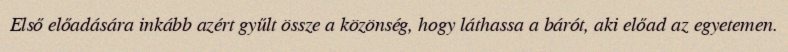
Első előadására inkább azért gyűlt össze a közönség, hogy láthassa a bárót, aki előad az egyetemen.